Civil Veterinary Department. Madras. Admin. report 1910-25 - 1910-1925
Year: 1910
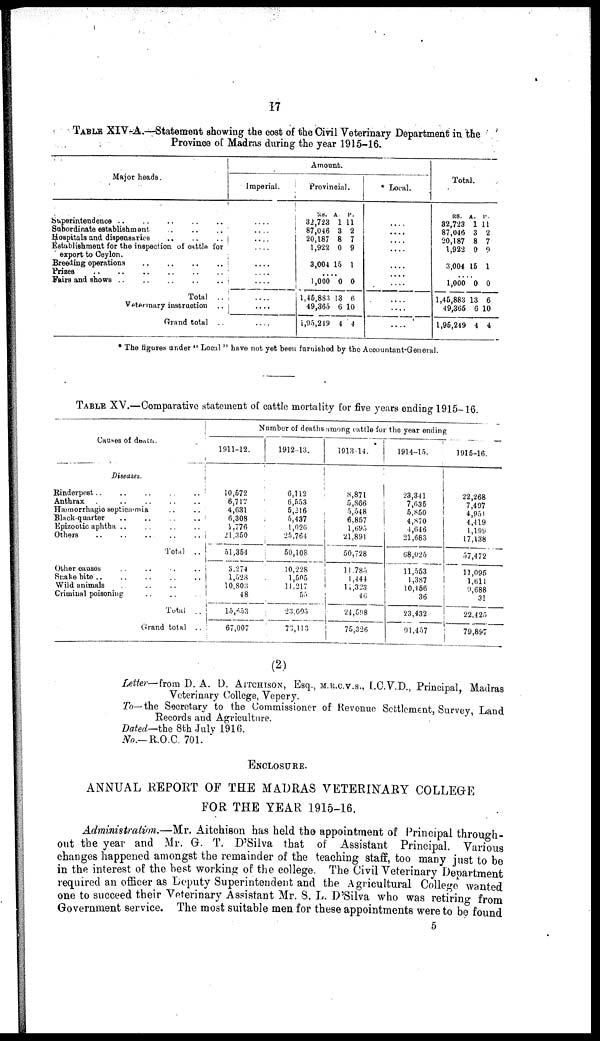
17
TABLE XIV-A.—Statement showing the cost of the Civil Veterinary Department in the
Province of Madras during the year 1915-16.
Major heads.
Superintendence .. .. .. .. ..
Subordinate establishment
..
..
..
Hospitals and dispensaries
..
..
..
Establishment for the inspection of cattle for
export to Ceylon.
Breeding operations
..
..
..
..
Prises
..
..
..
..
..
..
Fairs and shows
..
..
..
..
..
Total ..
Veterinary instruction ..
Grand total ..
Amount.
Imperial.
....
....
....
....
....
....
....
....
....
....
....
Provincial.
RS.
32,723
87,046
20,187
1,922
3,004
A
1
3
8
0
15
P.
11
2
7
9
1
...
.
1,000
1,45,883
49,365
1,95,249
0
13
6
4
0
6
10
4
Local.
....
....
....
....
....
....
....
....
....
....
Total.
RS.
32,723
87,046
20,187
1,922
3,004
..
1,000
1,45,883
49,365
1,95,249
A.
1
3
8
0
15
..
0
13
6
4
P.
11
2
7
9
1
0
6
10
4
* The figures under " Local " have not yet been farnished by the Accountant-General.
TABLE XV.—Comparative statement of cattle mortality for five years ending 1915-16.
Causes of details.
Diseases.
Rinderpest .. .. .. . ..
Anthrax. .. .. .. ..
Hæmorrhagic septicæmia .. ..
Black-quarter .. .. .. ..
Epizootic aphtha .. .. .. ..
Others
..
..
..
..
..
Total ..
Other causes .. .. .. ..
Snake bite
..
..
..
..
..
Wild animals. .. ..
Criminal poisoning .. .. ..
Total ..
Grand total ..
Number of deaths among cattle for the year ending
1911-12.
10,572
6,717
4,631
6,308
1,776
21,350
51,354
3,274
1,523
10,803
48
15,653
67,007
1912-13.
6,112
6,653
5,216
5,437
1,026
25,764
50,108
10,228
1,505
11,217
55
23,695
73,113
1913-14.
8,871
5,866
5,548
6,857
1,695
21,891
50,728
11,785
1,444
11,323
46
24,598
75,326
1914-15.
23,341
7,635
5,850
4,870
4,646
21,683
68,025
11,553
1,387
10,456
36
23,432
91,457
1915-16.
22,268
7,497
4,951
4,419
1,199
17,138
57,472
11,095
1,611
9,688
31
22,425
79,897
(2)
Letter-from D. A. D. AITCHISON, Esq., M.R.C.V.S., I.C.V.D., Principal, Madras
Veterinary College, Vepery.
To—the Secretary to the Commissioner of Revenue Settlement, Survey Land
Records and Agriculture.
Dated—the 8th July 1916.
No.—R.O.C. 701.
ENCLOSURE.
ANNUAL REPORT OF THE MADRAS VETERINARY COLLEGE
FOR THE YEAR 1915-16.
Administration.—Mr. Aitchison has held the appointment of Principal through-
out the year and Mr. G. T. D'Silva that of Assistant Principal. Various
changes happened amongst the remainder of the teaching staff, too many just to be
in the interest of the best working of the college. The Civil Veterinary Department
required an officer as Deputy Superintendent and the Agricultural College wanted
one to succeed their Veterinary Assistant Mr. S. L. D'Silva who was retiring from
Government service. The most suitable men for these appointments were to be found
5